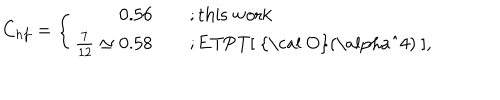
C _ { h f } = \left\{ \begin{array} { r l } { { 0 . 5 6 \quad } } & { { ; \mathrm { t h i s ~ w o r k } } } \\ { { \frac { 7 } { 1 2 } \simeq 0 . 5 8 \quad } } & { { ; \mathrm { E T P T [ ~ { \cal ~ O } ( \ a l p h a ^ { 4 } ) ~ ] } , } } \\ \end{array} \right.